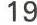
19